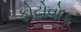
ફોટોવોક